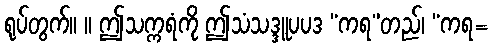
ရုပ်တွက်။ ။ ဤသက္ကရံကို ဤသံသဒ္ဒူပပဒ “ကရ”တည်၊ “ကရ=